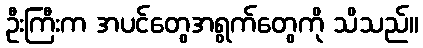
ဦးကြီးက အပင်တွေအရွက်တွေကို သိသည်။